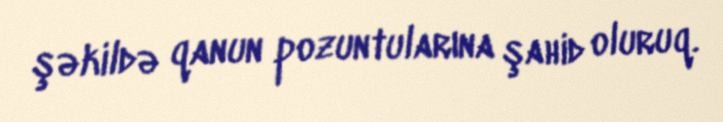
şəkildə qanun pozuntularına şahid oluruq.